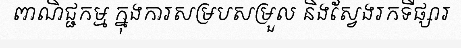
ពាណិជ្ជកម្ម ក្នុងការសម្របសម្រួល និងស្វែងរកទីផ្សារ